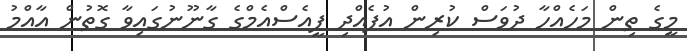
މީގެ ތިން މަހެއްހާ ދުވަސް ކުރިން އުފެއްދި ޕީއެސްއެމްގެ ގާނޫނުގައިވާ ގޮތުން އާއްމު